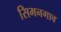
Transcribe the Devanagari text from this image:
सिमनगाव